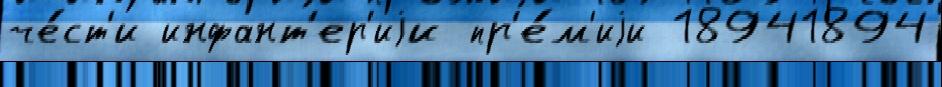
че́ст'и инфант'ер'иjи пр'е́м'иjи 18941894